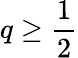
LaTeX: q\geq\frac 12